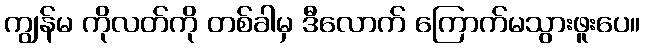
ကျွန်မ ကိုလတ်ကို တစ်ခါမှ ဒီလောက် ကြောက်မသွားဖူးပေ။